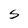
Character: S